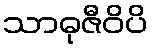
သာဓုဇီဝိပိ